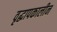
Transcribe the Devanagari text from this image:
वृद्धापकालीन